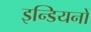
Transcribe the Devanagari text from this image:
इन्डियनों